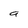
Character: a